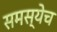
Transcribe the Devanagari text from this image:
समस्येच